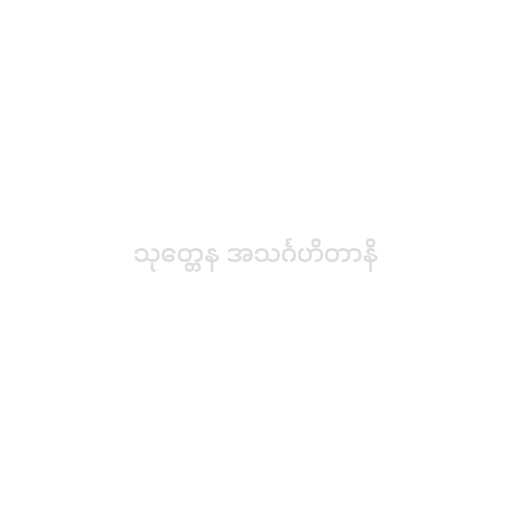
သုတ္တေန အသင်္ဂဟိတာနိ